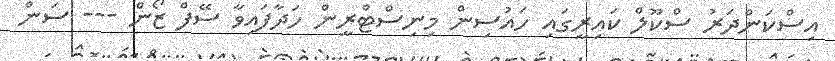
އިސްކަންދަރު ސްކޫލް ކައިރީގައި ހައުސިން މިނިސްޓްރީން ހަދާފައިވާ ސޭފް ޒޯން --- ސަން